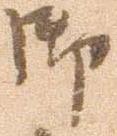
御